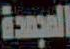
المجمدة